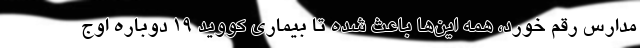
مدارس رقم خورد، همه این‌ها باعث شده تا بیماری کووید ۱۹ دوباره اوج